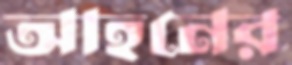
আহনের